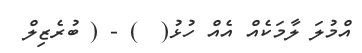
އްމުލަ ލާމަކެއް އެއް ހުޅު(  ) - ( ބުރެޒިލް